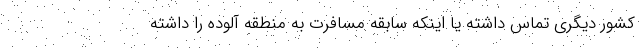
کشور دیگری تماس داشته یا اینکه سابقه مسافرت به منطقه آلوده را داشته